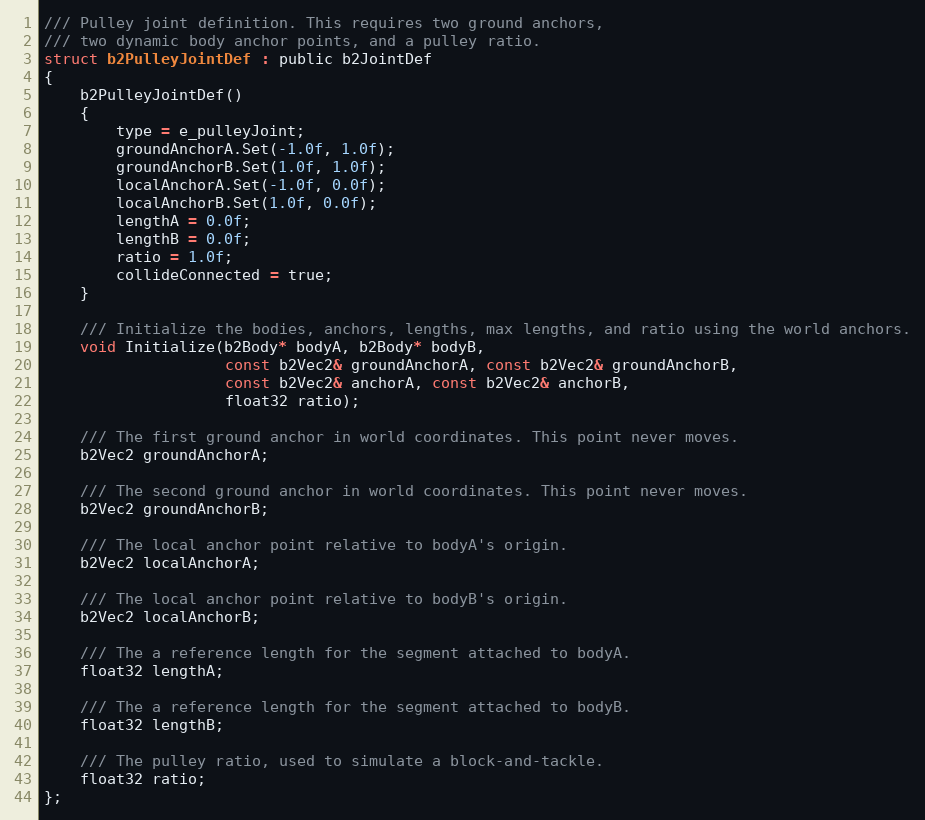
Language: C
/// Pulley joint definition. This requires two ground anchors,
/// two dynamic body anchor points, and a pulley ratio.
struct b2PulleyJointDef : public b2JointDef
{
	b2PulleyJointDef()
	{
		type = e_pulleyJoint;
		groundAnchorA.Set(-1.0f, 1.0f);
		groundAnchorB.Set(1.0f, 1.0f);
		localAnchorA.Set(-1.0f, 0.0f);
		localAnchorB.Set(1.0f, 0.0f);
		lengthA = 0.0f;
		lengthB = 0.0f;
		ratio = 1.0f;
		collideConnected = true;
	}

	/// Initialize the bodies, anchors, lengths, max lengths, and ratio using the world anchors.
	void Initialize(b2Body* bodyA, b2Body* bodyB,
					const b2Vec2& groundAnchorA, const b2Vec2& groundAnchorB,
					const b2Vec2& anchorA, const b2Vec2& anchorB,
					float32 ratio);

	/// The first ground anchor in world coordinates. This point never moves.
	b2Vec2 groundAnchorA;

	/// The second ground anchor in world coordinates. This point never moves.
	b2Vec2 groundAnchorB;

	/// The local anchor point relative to bodyA's origin.
	b2Vec2 localAnchorA;

	/// The local anchor point relative to bodyB's origin.
	b2Vec2 localAnchorB;

	/// The a reference length for the segment attached to bodyA.
	float32 lengthA;

	/// The a reference length for the segment attached to bodyB.
	float32 lengthB;

	/// The pulley ratio, used to simulate a block-and-tackle.
	float32 ratio;
};